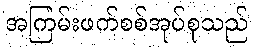
အကြမ်းဖက်စစ်အုပ်စုသည်